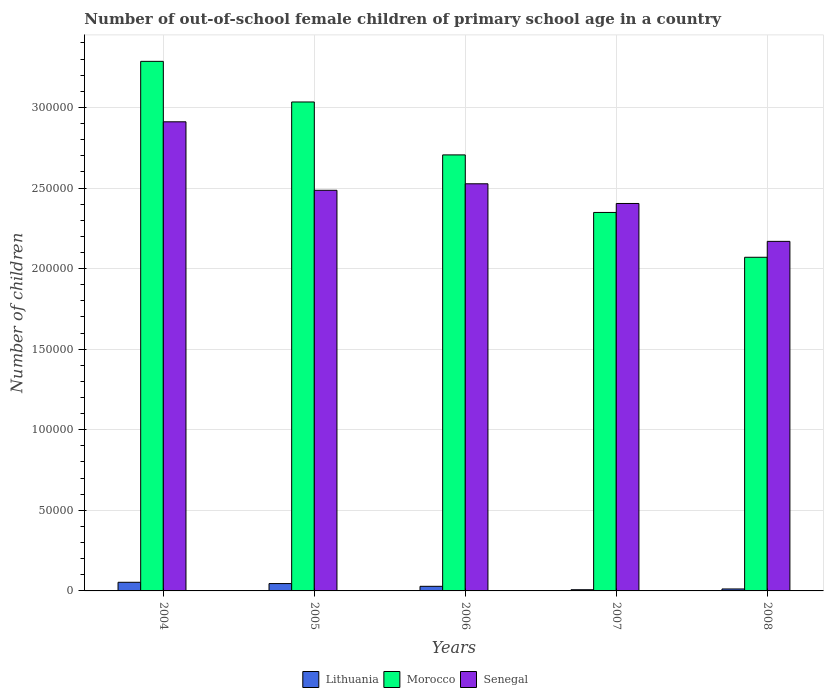
| Years | Lithuania | Morocco | Senegal |
 | --- | --- | --- | --- |
 | 2004 | 5.35e+03 | 3.29e+05 | 2.91e+05 |
 | 2005 | 4.56e+03 | 3.03e+05 | 2.49e+05 |
 | 2006 | 2.85e+03 | 2.71e+05 | 2.53e+05 |
 | 2007 | 739 | 2.35e+05 | 2.4e+05 |
 | 2008 | 1.22e+03 | 2.07e+05 | 2.17e+05 |